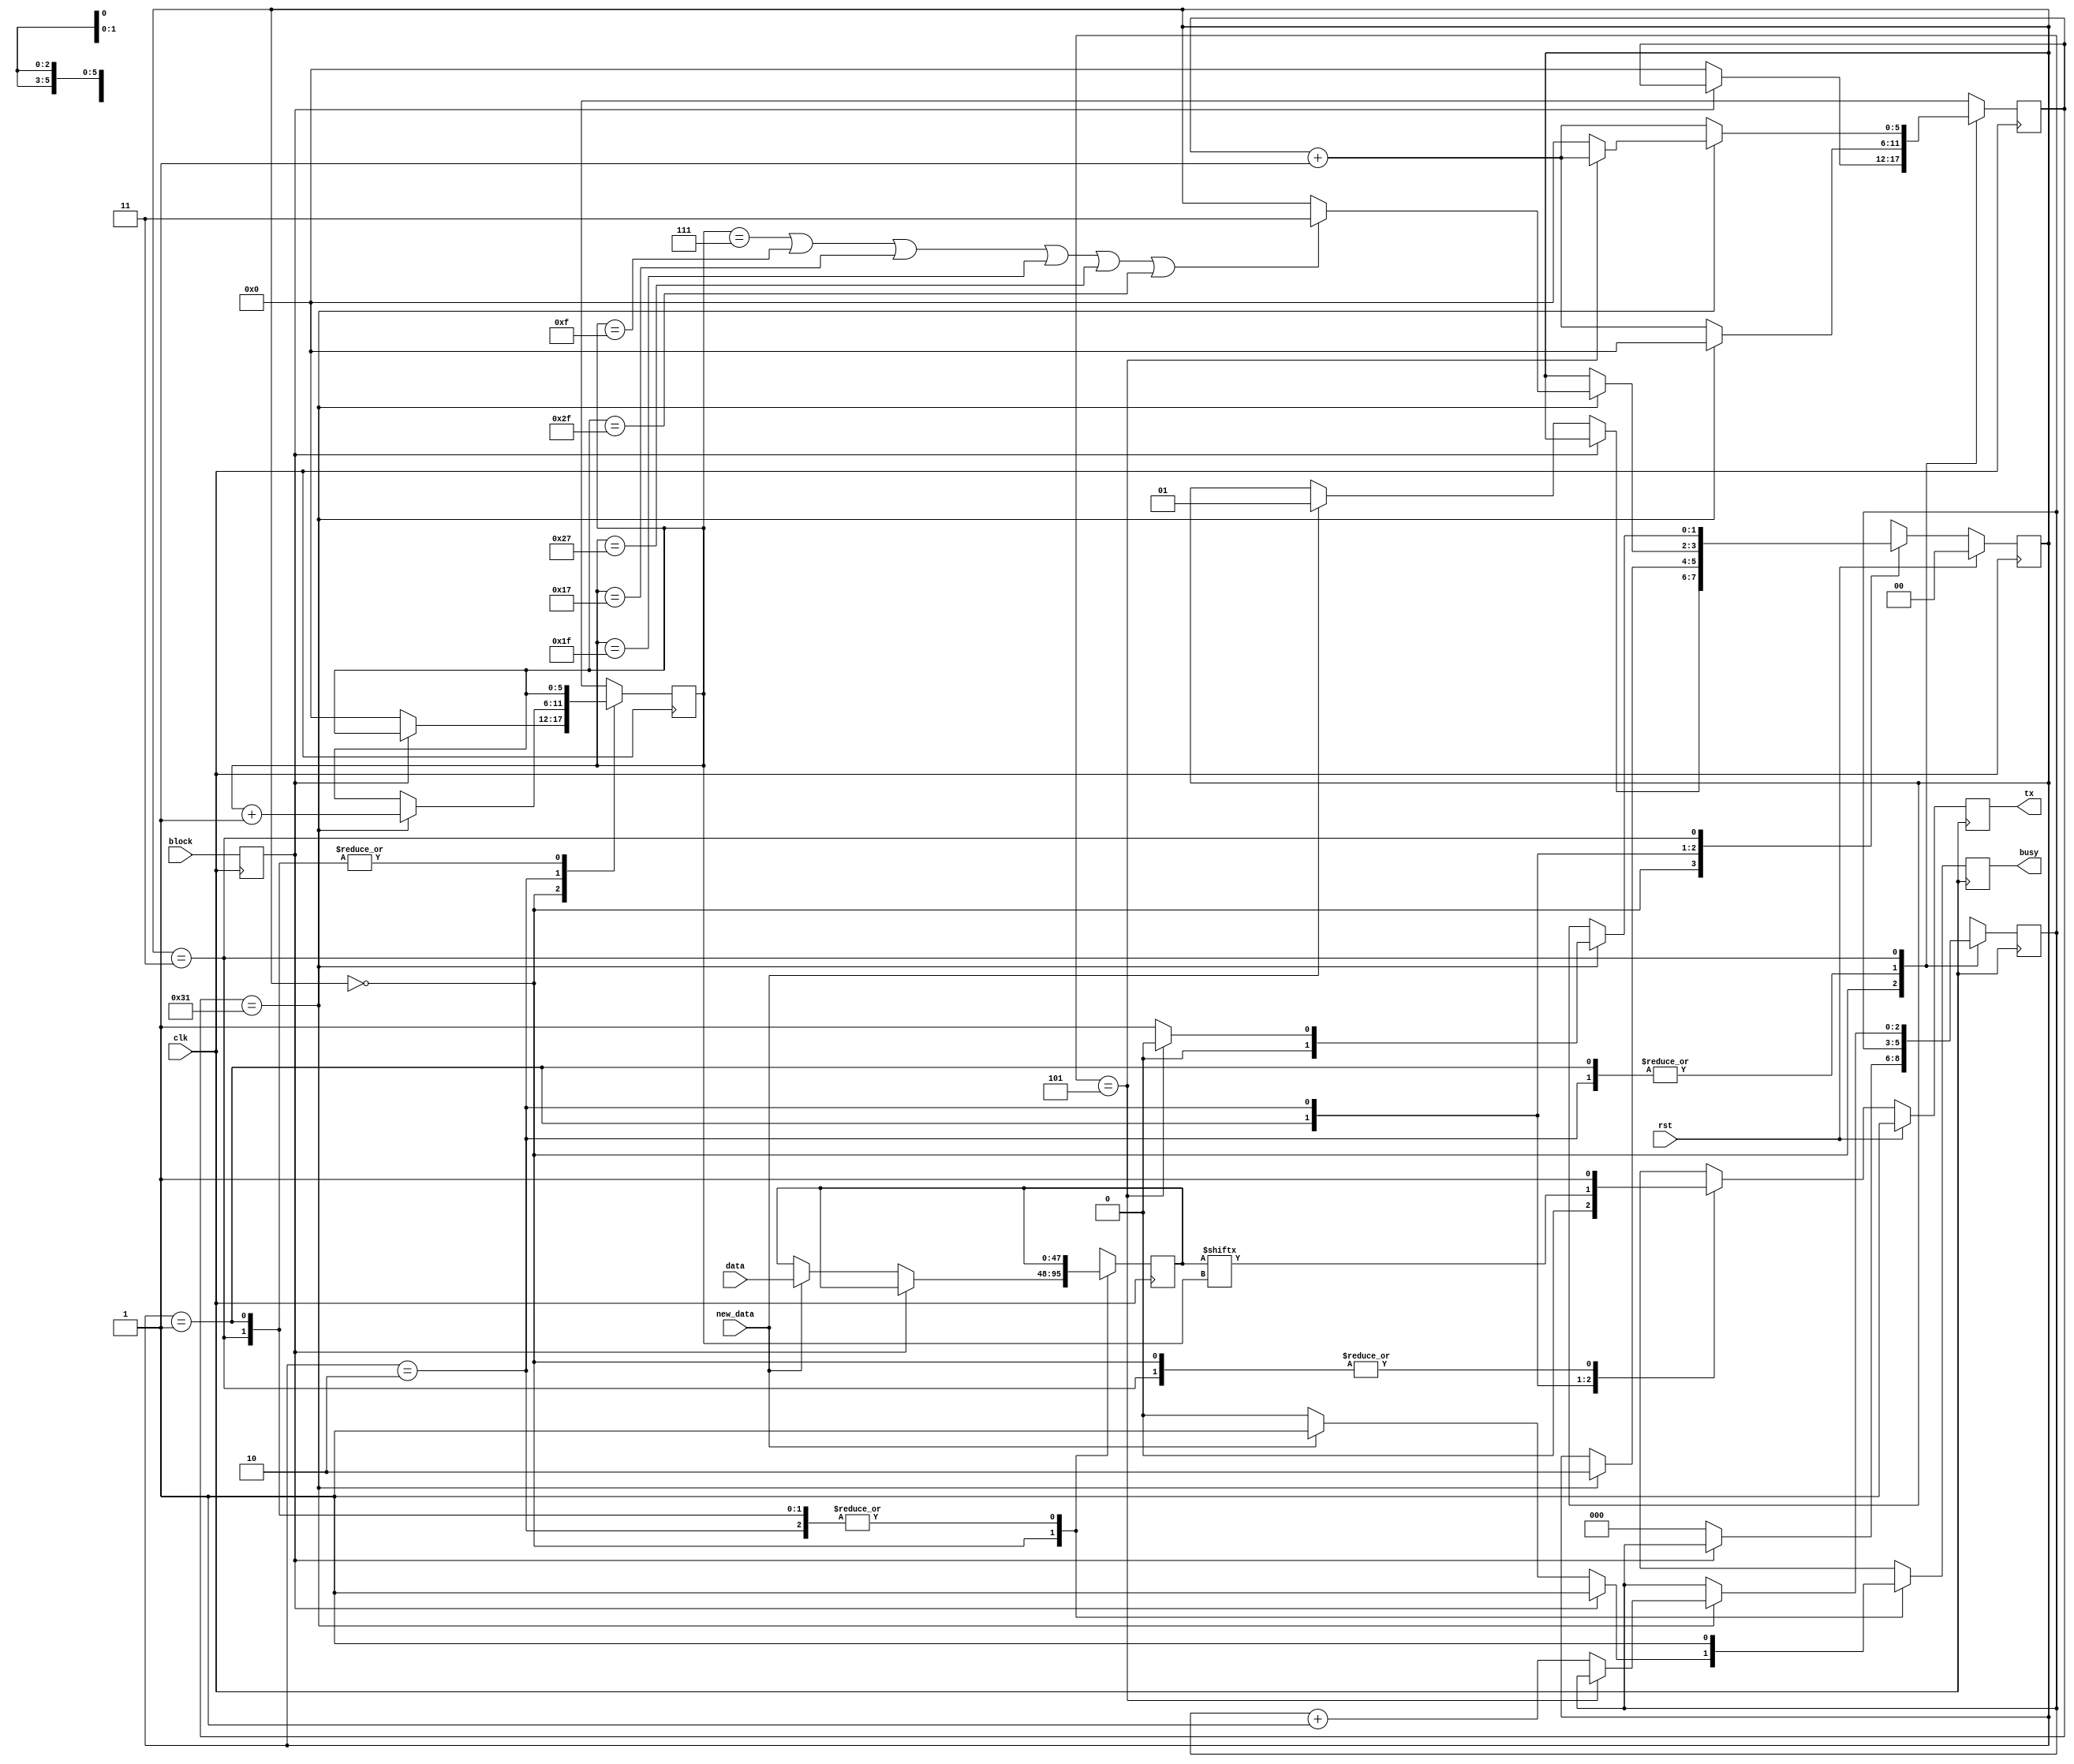
module serial_tx2 #(
        parameter CLK_PER_BIT = 50
    )(
        input clk,
        input rst,
        output tx,
        input block,
        output busy,
        input [47:0] data,
        input new_data
    );

    // clog2 is 'ceiling of log base 2' which gives you the number of bits needed to store a value
    parameter CTR_SIZE = $clog2(CLK_PER_BIT);

    localparam STATE_SIZE = 2;
    localparam IDLE = 2'd0,
    START_BIT = 2'd1,
    DATA = 2'd2,
    STOP_BIT = 2'd3;

    reg [CTR_SIZE-1:0] ctr_d, ctr_q;
    reg [5:0] bit_ctr_d, bit_ctr_q;
    reg [47:0] data_d, data_q;
    reg [STATE_SIZE-1:0] state_d, state_q = IDLE;
    reg tx_d, tx_q;
    reg busy_d, busy_q;
    reg block_d, block_q;

    reg [2:0] Byte_countr_d,Byte_countr_q;

    assign tx = tx_q;
    assign busy = busy_q;

    always @(*) begin
        block_d = block;
        ctr_d = ctr_q;
        bit_ctr_d = bit_ctr_q;
        data_d = data_q;
        state_d = state_q;
        busy_d = busy_q;
        Byte_countr_d = Byte_countr_q;

        case (state_q)
            IDLE: begin
                if (block_q) begin
                    busy_d = 1'b1;
                    tx_d = 1'b1;
                end else begin
                    busy_d = 1'b0;
                    tx_d = 1'b1;
                    bit_ctr_d = 4'd0;
                    ctr_d = 1'b0;
                    Byte_countr_d=1'b0;
                    if (new_data) begin

                        data_d = data;
                        state_d = START_BIT;
                        busy_d = 1'b1;
                    end
                end
            end


            START_BIT: begin
                busy_d = 1'b1;
                ctr_d = ctr_q + 1'b1;
                tx_d = 1'b0;
                if (ctr_q == CLK_PER_BIT - 1) begin
                    ctr_d = 1'b0;
                    state_d = DATA;
                end
            end
            DATA: begin
                busy_d = 1'b1;
                tx_d = data_q[bit_ctr_q];
                ctr_d = ctr_q + 1'b1;
                if (ctr_q == CLK_PER_BIT - 1) begin
                    ctr_d = 1'b0;
                    bit_ctr_d = bit_ctr_q + 1'b1;
                    // for 6 bytes
                    if (bit_ctr_q == 7 || bit_ctr_q == 15 || bit_ctr_q == 23 || bit_ctr_q == 31 || bit_ctr_q == 39 || bit_ctr_q == 47) begin// || bit_ctr_q == 23 || bit_ctr_q == 31 || bit_ctr_q == 39 || bit_ctr_q == 47 ) begin // change if increase package
                        state_d = STOP_BIT;
                    end
                end
            end
            STOP_BIT: begin
                busy_d = 1'b1;
                tx_d = 1'b1;
                ctr_d = ctr_q + 1'b1;
                if (ctr_q == CLK_PER_BIT - 1) begin
                    
                    if (Byte_countr_q == 3'd5) begin // if second package
                        state_d = IDLE;
                    end else begin
                        Byte_countr_d = Byte_countr_q +1'b1;
                        state_d = START_BIT;
                        ctr_d = 1'b0;
                    end               
                end


            end






            default: begin
                state_d = IDLE;
            end
        endcase
    end

    always @(posedge clk) begin
        if (rst) begin
            state_q <= IDLE;
            tx_q <= 1'b1;
        end else begin
            state_q <= state_d;
            tx_q <= tx_d;
        end

        Byte_countr_q <= Byte_countr_d;
        block_q <= block_d;
        data_q <= data_d;
        bit_ctr_q <= bit_ctr_d;
        ctr_q <= ctr_d;
        busy_q <= busy_d;
    end

endmodule